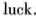
luck.